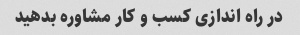
در راه اندازی کسب و کار مشاوره بدهید